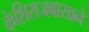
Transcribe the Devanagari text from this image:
केशिराजबासाने